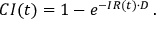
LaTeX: C I ( t ) = 1 - e ^ { - I R ( t ) \cdot D } \, .